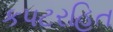
કપટરહિત